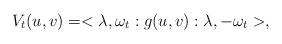
LaTeX: \begin{align*}V_t(u,v)=<\lambda ,\omega _t:g(u,v):\lambda ,-\omega _t>,\end{align*}